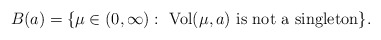
\begin{align*} B(a) = \{ \mu \in (0,\infty): \hbox{ $\textup{Vol}(\mu,a)$ is not a singleton}\}. \end{align*}